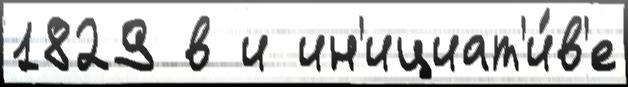
1829 в и ин'ициат'и́в'е